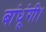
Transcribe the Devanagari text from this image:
बांधूंगी।